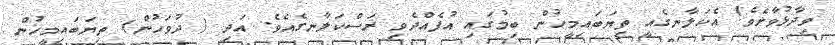
ވިދާޅުވާށެވެ! އެކަލާނގެއީ ތިޔަބައިމީހުން ބިމުގައި އުފެއްދެވި ރަސްކަލާނގެއެވެ. އަދި ( ދުވަހުން) ތިޔަބައިމީހުން